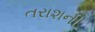
તરાશની